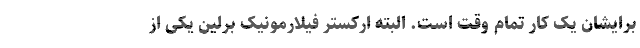
برایشان یک کار تمام وقت است. البته ارکستر فیلارمونیک برلین یکی از